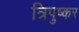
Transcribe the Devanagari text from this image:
त्रिपुष्कर